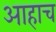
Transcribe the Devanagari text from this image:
आहाच